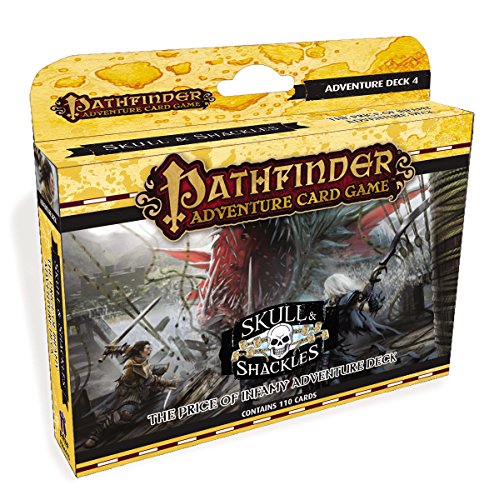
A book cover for Pathfinder Adventure Card Game: Skull & Shackles Adventure Deck 4 - Island of Empty Eyes; Science Fiction & Fantasy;